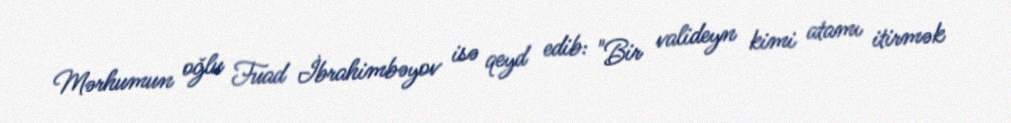
Mərhumun oğlu Fuad İbrahimbəyov isə qeyd edib: "Bir valideyn kimi atamı itirmək